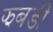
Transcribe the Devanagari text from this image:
झबडी